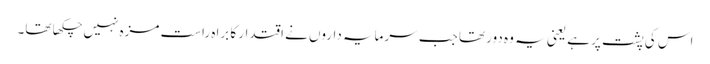
اس کی پشت پر ہے یعنی یہ وہ دور تھا جب سرمایہ داروں نے اقتدار کا براہ راست مزہ نہیں چکھا تھا۔